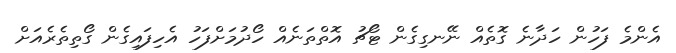
އެންމެ ފަހުން ހަދާނެ ގޮތެއް ނޭނގިގެން ޓޯޗު އޮތްތަނެއް ހޯދުމަށްފަހު އެހިފައިގެން ގޯތިތެރެއަށް